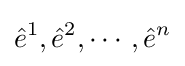
{\hat {e}}^{1},{\hat {e}}^{2},\cdots ,{\hat {e}}^{n}